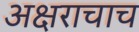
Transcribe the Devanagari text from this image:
अक्षराचाच